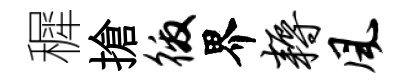
穉搶徼界耨风